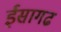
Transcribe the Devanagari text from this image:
ईसागढ